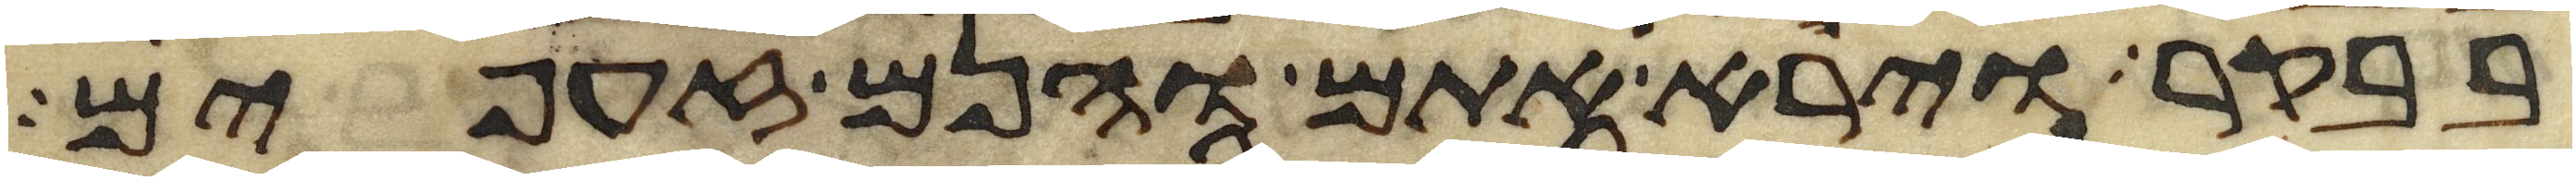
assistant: בבקר וירא אתם והנם זעפים